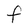
Character: F